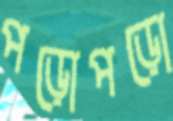
পড়োপড়ো